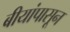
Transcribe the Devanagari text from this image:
बीयांपासून